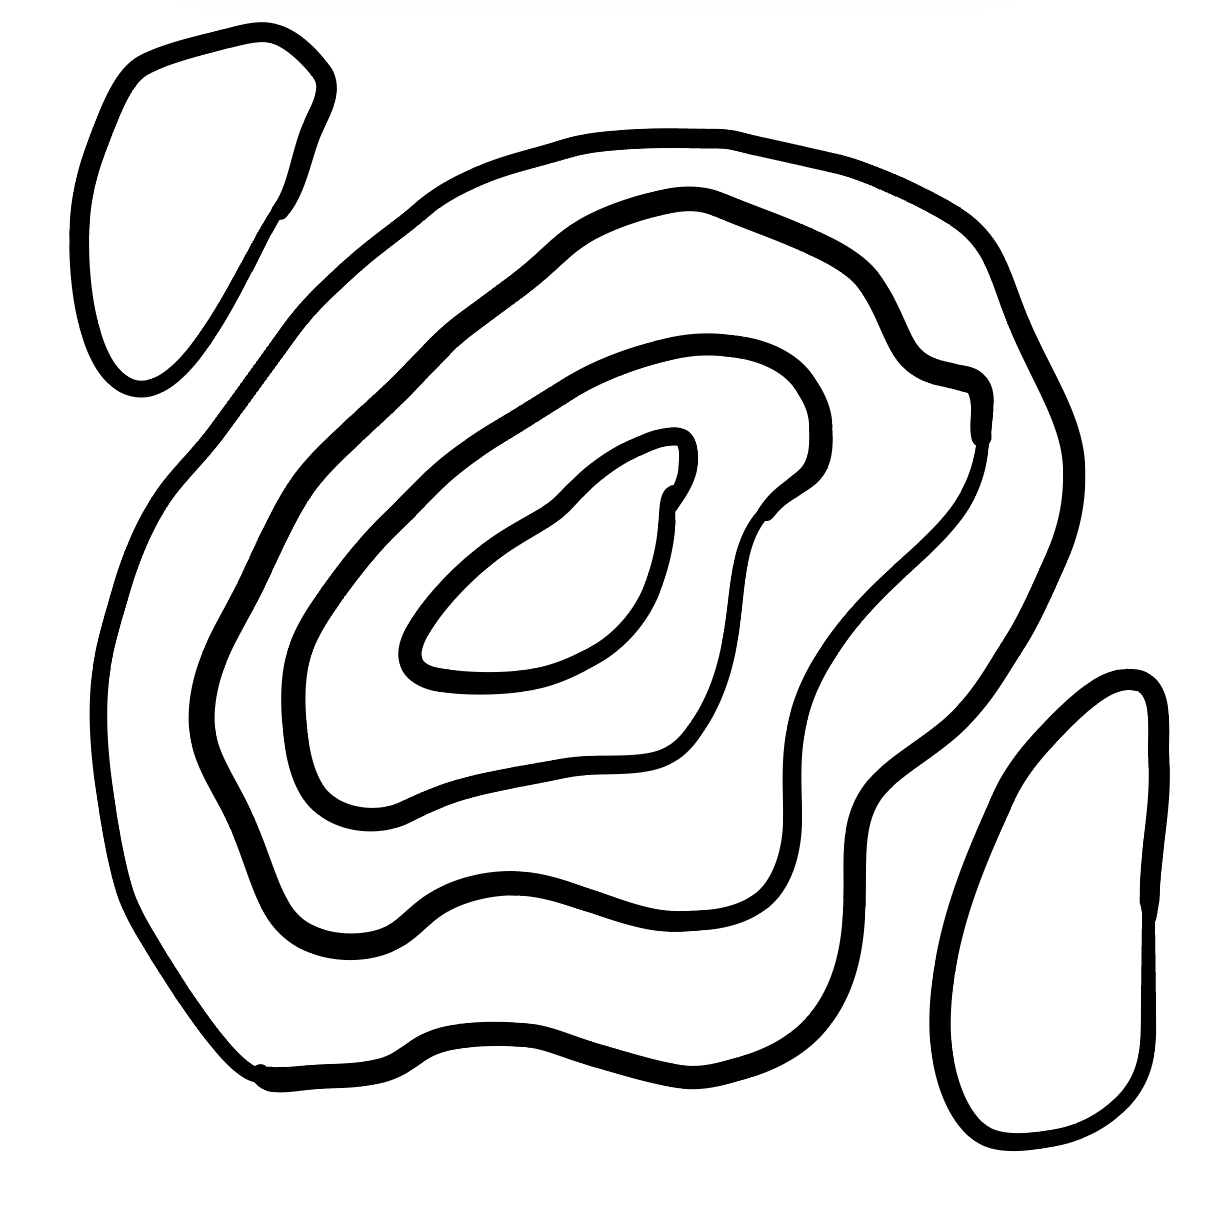
Number of regions (including the outer root region): 7
Containment tree edges (parent, child): 0, 1, 0, 2, 0, 6, 2, 3, 3, 4, 4, 5